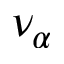
\nu _ { \alpha }